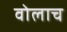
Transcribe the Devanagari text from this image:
वोलाच